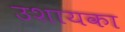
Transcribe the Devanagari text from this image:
उशायका